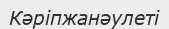
Кәріпжанәулеті